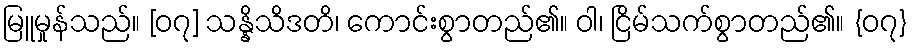
မြူမှုန်သည်။ [၀၇] သန္နိသိဒတိ၊ ကောင်းစွာတည်၏။ ဝါ၊ ငြိမ်သက်စွာတည်၏။ {၀၇}